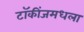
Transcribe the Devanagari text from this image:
टॉकींजमधला